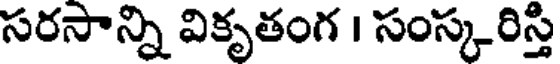
సరసాన్ని వికృతంగ । సంస్కరిస్తి